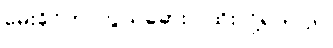
မေးခိုင်ကာကွယ်ဆေးပဲ ထိုးလို့ရတယ်။